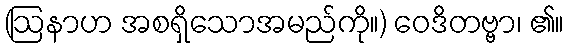
(ဩနာဟ အစရှိသောအမည်ကို။) ဝေဒိတဗ္ဗာ၊ ၏။